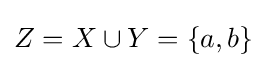
Z=X\cup Y=\{a,b\}